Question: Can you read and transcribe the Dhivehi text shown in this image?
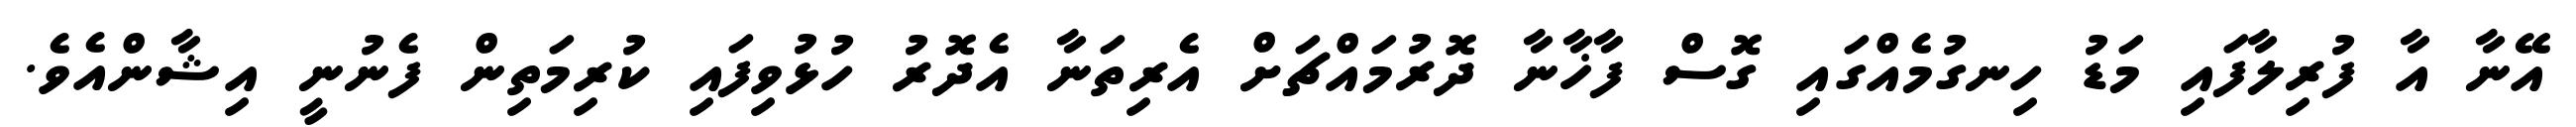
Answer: އޭނާ އާ ފުރިލާފައި މަޑު ހިނގުމެއްގައި ގޮސް ފާޚާނާ ދޮރުމައްޗަށް އެރިތަނާ އެދޮރު ހުޅުވިފައި ކުރިމަތިން ފެނުނީ އިޝާންއެވެ.